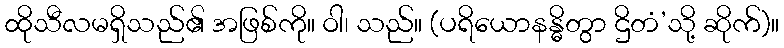
ထိုသီလမရှိသည်၏ အဖြစ်ကို။ ဝါ၊ သည်။ (ပရိယောနန္ဓိတွာ ဌိတံ’သို့ ဆိုက်)။